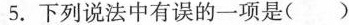
5.下列说法中有误的一项是( )